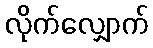
လိုက်လျှောက်